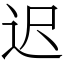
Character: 迟